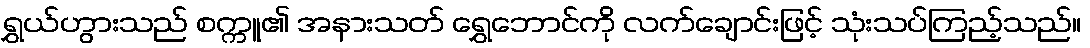
ရွှယ်ဟွားသည် စက္ကူ၏ အနားသတ် ရွှေဘောင်ကို လက်ချောင်းဖြင့် သုံးသပ်ကြည့်သည်။